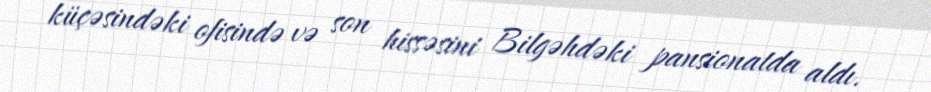
küçəsindəki ofisində və son hissəsini Bilgəhdəki pansionatda aldı.